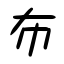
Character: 布